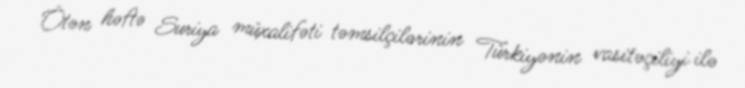
Ötən həftə Suriya müxalifəti təmsilçilərinin Türkiyənin vasitəçiliyi ilə